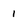
Character: 1